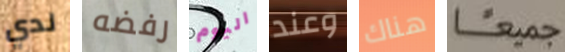
لدي رفضه اليوم وعند هناك جميعا